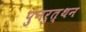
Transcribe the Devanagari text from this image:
पुनरुत्थन